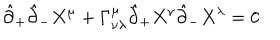
LaTeX: \hat { \partial } _ { + } \hat { \partial } _ { - } X ^ { \mu } + \Gamma _ { \nu \lambda } ^ { \mu } \hat { \partial } _ { + } X ^ { \nu } \hat { \partial } _ { - } X ^ { \lambda } = 0